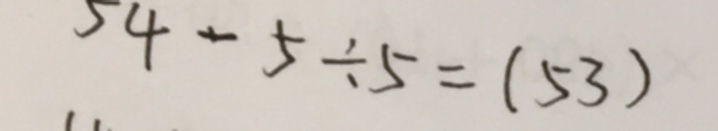
5 4 - 5 \div 5 = ( 5 3 )